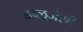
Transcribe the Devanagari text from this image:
डब्लूजेसी